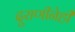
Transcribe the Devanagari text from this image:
दुराणीनेही